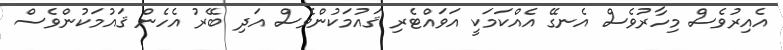
އެއިރުވެސް މިހާރުވެސް އެނގޭ އެއްކަމަކީ އަވައްޓެރި ޤައުމަކުންވެސް އަދި ބޭރު އެހެން ޤައުމަކުންވެސް